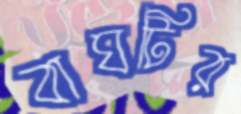
বাঘটির